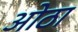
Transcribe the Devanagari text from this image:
ओठा